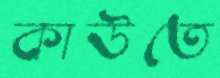
কাউতে